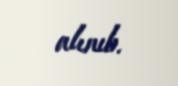
alınıb.